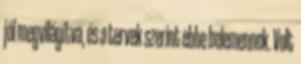
jól megvilágítva, és a tervek szerint ebbe belemennek. Volt